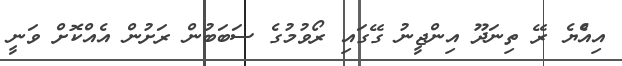
އިއްެޔެ ރޭ ތިނަދޫ އިންޖީނު ގޭގައި ރޯވުމުގެ ސަބަބުން ރަށުން އެއްކޮށް ވަނީ